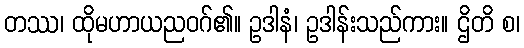
တဿ၊ ထိုမဟာယညဝဂ်၏။ ဥဒါနံ၊ ဥဒါန်းသည်ကား။ ဌိတိ စ၊